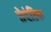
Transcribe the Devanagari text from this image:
तेदंडिक